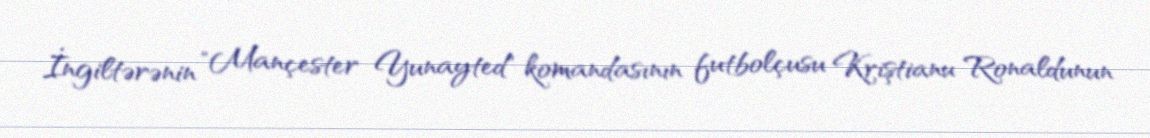
İngiltərənin "Mançester Yunayted" komandasının futbolçusu Kriştianu Ronaldunun